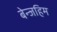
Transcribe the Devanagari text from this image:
बेन्जहिम